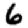
Digit: 6